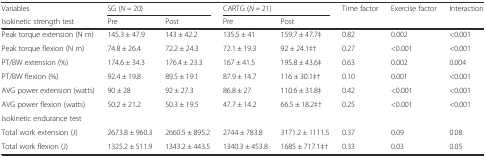
<table><thead><tr><td><b>Variables</b></td><td colspan="2"><b>SG (<i>N</i> = 20)</b></td><td colspan="2"><b>CARTG (<i>N</i> = 21)</b></td><td><b>Time factor</b></td><td><b>Exercise factor</b></td><td><b>Interaction</b></td></tr><tr><td><b>Isokinetic strength test</b></td><td><b>Pre</b></td><td><b>Post</b></td><td><b>Pre</b></td><td><b>Post</b></td><td></td><td></td><td></td></tr></thead><tbody><tr><td>Peak torque extension (N m)</td><td>145.3 ± 47.9</td><td>143 ± 42.2</td><td>135.5 ± 41</td><td>159.7 ± 47.7‡</td><td>0.82</td><td>0.002</td><td>&lt;0.001</td></tr><tr><td>Peak torque flexion (N m)</td><td>74.8 ± 26.4</td><td>72.2 ± 24.3</td><td>72.1 ± 19.3</td><td>92 ± 24.1‡†</td><td>0.27</td><td>&lt;0.001</td><td>&lt;0.001</td></tr><tr><td>PT/BW extension (%)</td><td>174.6 ± 34.3</td><td>176.4 ± 23.3</td><td>167 ± 41.5</td><td>195.8 ± 43.6‡</td><td>0.63</td><td>0.002</td><td>0.004</td></tr><tr><td>PT/BW flexion (%)</td><td>92.4 ± 19.8</td><td>89.5 ± 19.1</td><td>87.9 ± 14.7</td><td>116 ± 30.1‡†</td><td>0.10</td><td>0.001</td><td>&lt;0.001</td></tr><tr><td>AVG power extension (watts)</td><td>90 ± 28</td><td>92 ± 27.3</td><td>86.8 ± 27</td><td>110.6 ± 31.8‡</td><td>0.42</td><td>&lt;0.001</td><td>&lt;0.001</td></tr><tr><td>AVG power flexion (watts)</td><td>50.2 ± 21.2</td><td>50.3 ± 19.5</td><td>47.7 ± 14.2</td><td>66.5 ± 18.2‡†</td><td>0.25</td><td>&lt;0.001</td><td>&lt;0.001</td></tr><tr><td colspan="8">Isokinetic endurance test</td></tr><tr><td>Total work extension (J)</td><td>2673.8 ± 960.3</td><td>2660.5 ± 895.2</td><td>2744 ± 783.8</td><td>3171.2 ± 1111.5</td><td>0.37</td><td>0.09</td><td>0.08</td></tr><tr><td>Total work flexion (J)</td><td>1325.2 ± 511.9</td><td>1343.2 ± 443.5</td><td>1340.3 ± 453.8</td><td>1685 ± 717.1‡†</td><td>0.33</td><td>0.03</td><td>0.05</td></tr></tbody></table>